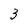
Character: 3